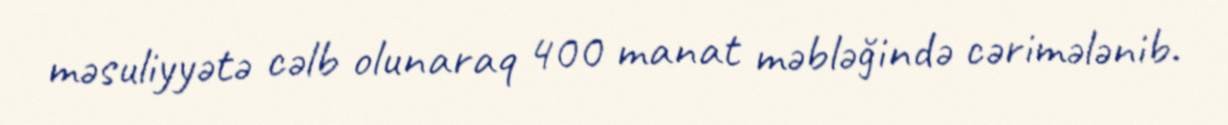
məsuliyyətə cəlb olunaraq 400 manat məbləğində cərimələnib.